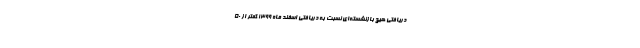
دریافتی هیچ بازنشسته‌ای نسبت به دریافتی اسفند ماه ۱۳۹۹ کمتر از ۵۰